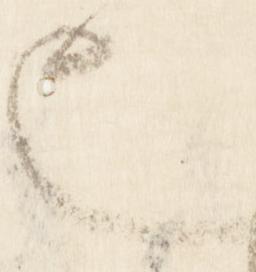
也